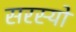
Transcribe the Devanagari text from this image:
सरस्‍यो